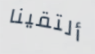
ألتقينا